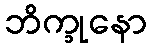
ဘိက္ခုနော